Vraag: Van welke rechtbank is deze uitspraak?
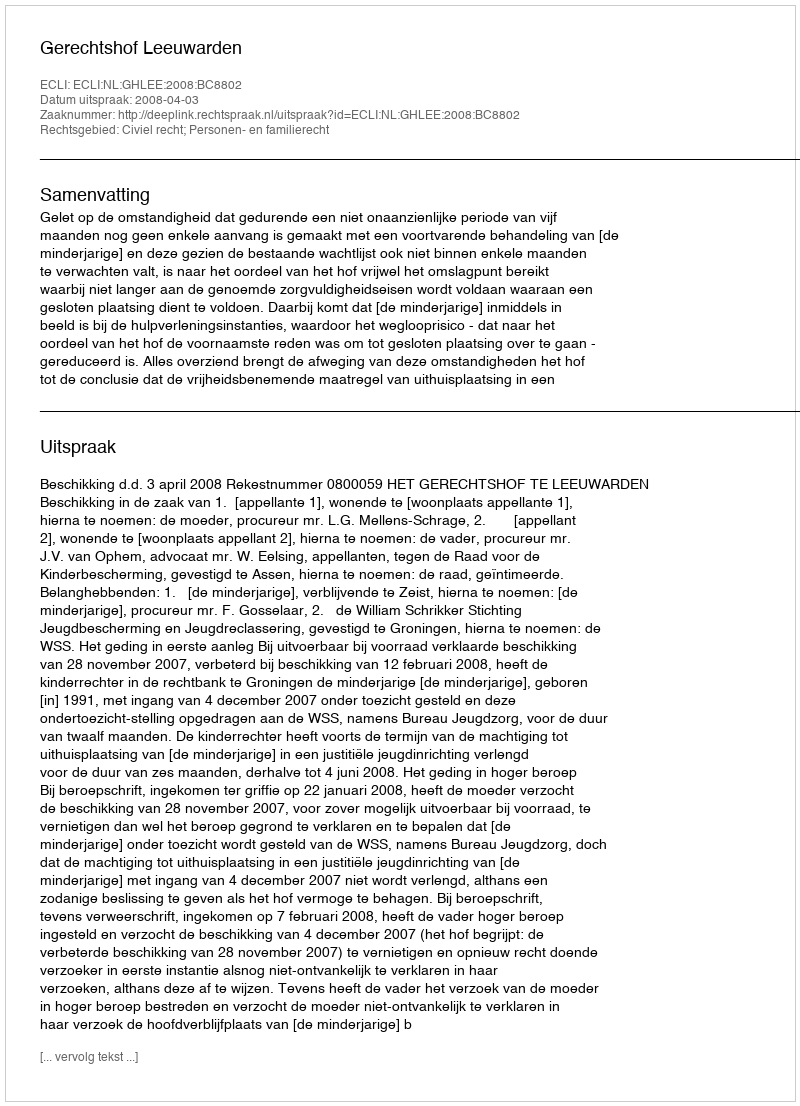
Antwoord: Gerechtshof Leeuwarden